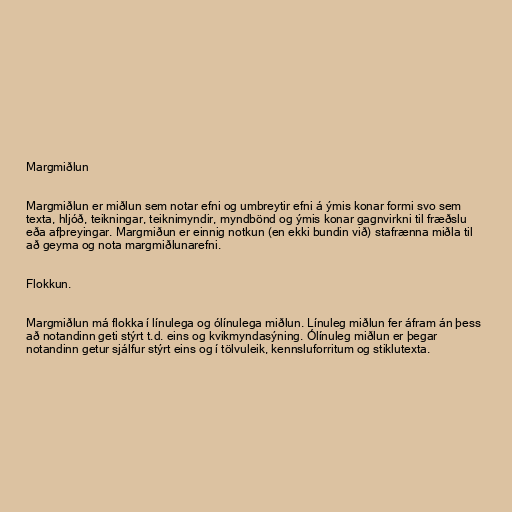
Margmiðlun

Margmiðlun er miðlun sem notar efni og umbreytir efni á ýmis konar formi svo sem
texta, hljóð, teikningar, teiknimyndir, myndbönd og ýmis konar gagnvirkni til fræðslu
eða afþreyingar. Margmiðun er einnig notkun (en ekki bundin við) stafrænna miðla til
að geyma og nota margmiðlunarefni.

Flokkun.

Margmiðlun má flokka í línulega og ólínulega miðlun. Línuleg miðlun fer áfram án þess
að notandinn geti stýrt t.d. eins og kvikmyndasýning. Ólínuleg miðlun er þegar
notandinn getur sjálfur stýrt eins og í tölvuleik, kennsluforritum og stiklutexta.